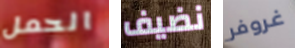
الحمل نضيف غروفر